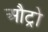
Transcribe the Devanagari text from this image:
औट्रो